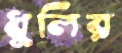
ধুলির